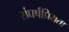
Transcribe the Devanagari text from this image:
संघर्षप्रियता